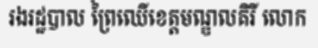
រងរដ្ឋបាល ព្រៃឈើខេត្តមណ្ឌលគិរី លោក